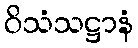
ဝိသံသဋ္ဌာနံ